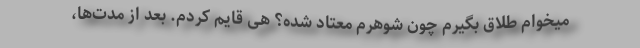
میخوام طلاق بگیرم چون شوهرم معتاد شده؟ هی قایم کردم. بعد از مدت‌ها،